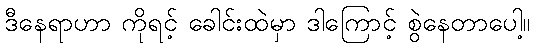
ဒီနေရာဟာ ကိုရင့် ခေါင်းထဲမှာ ဒါကြောင့် စွဲနေတာပေါ့။